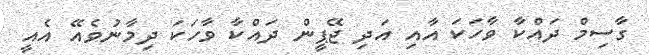
ގާސިމް ދައްކާ ވާހަކަ އާއި އަދި ޖޭޕީން ދައްކާ ވާހަކަ ދިމާނުވެއޭ އެއީ